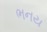
ભનય